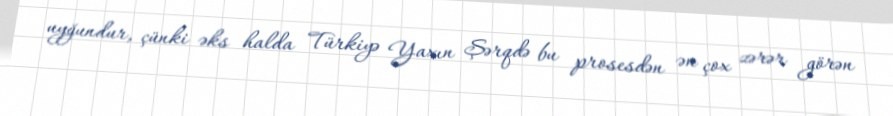
uyğundur, çünki əks halda Türkiyə Yaxın Şərqdə bu prosesdən ən çox zərər görən